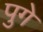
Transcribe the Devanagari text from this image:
पुगे